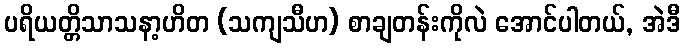
ပရိယတ္တိသာသနာ့ဟိတ (သကျသီဟ) စာချတန်းကိုလဲ အောင်ပါတယ်, အဲဒီ